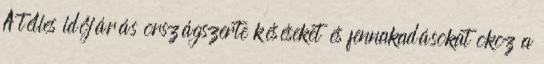
A télies időjárás országszerte késéseket és fennakadásokat okoz a